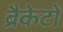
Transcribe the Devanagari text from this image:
ब्रैकेटों